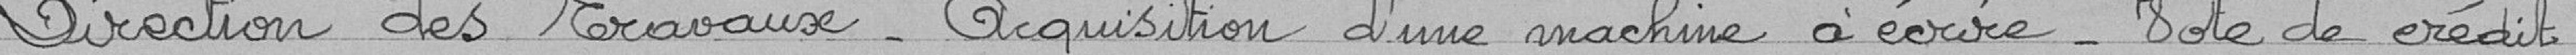
Direction des travaux - acquisition d'une machine à écrire - Note de crédit